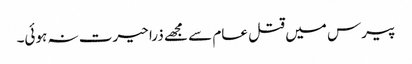
پیرس میں قتل عام سے مجھے ذرا حیرت نہ ہوئی۔